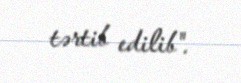
tərtib edilib".